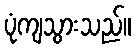
ပုံကျသွားသည်။